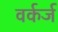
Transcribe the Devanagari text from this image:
वर्कर्ज